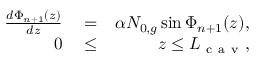
\begin{array} { r l r } { \frac { d \Phi _ { n + 1 } ( z ) } { d z } } & { { } = } & { \alpha N _ { 0 , g } \sin \Phi _ { n + 1 } ( z ) , } \\ { 0 } & { { } \le } & { z \le L _ { \mathrm { ~ c ~ a ~ v ~ } } , } \end{array}